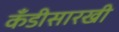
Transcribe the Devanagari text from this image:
कँडीसारखी